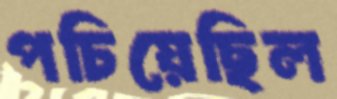
পচিয়েছিল